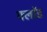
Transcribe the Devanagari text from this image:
फ्लॉड